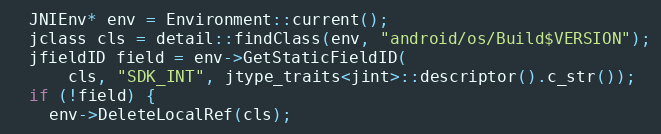
Language: C++
  JNIEnv* env = Environment::current();
  jclass cls = detail::findClass(env, "android/os/Build$VERSION");
  jfieldID field = env->GetStaticFieldID(
      cls, "SDK_INT", jtype_traits<jint>::descriptor().c_str());
  if (!field) {
    env->DeleteLocalRef(cls);